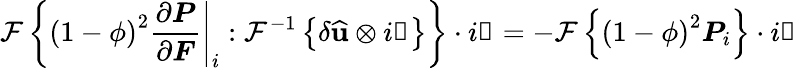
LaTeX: \mathcal{F}\left\{ \left(1-\phi\right)^{2}\left.\frac{\partial\boldsymbol{P}}{\partial\boldsymbol{F}}\right|_{i}:\mathcal{F}^{-1}\left\{ \delta\widehat{\mathbf{u}}\otimes i\boldsymbol{\upxi}\right\} \right\} \cdot i\boldsymbol{\upxi}=-\mathcal{F}\left\{ \left(1-\phi\right)^{2}\boldsymbol{P}_{i}\right\} \cdot i\boldsymbol{\upxi}